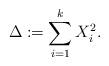
LaTeX: \begin{align*}\Delta := \sum_{i=1}^k X_i^2.\end{align*}